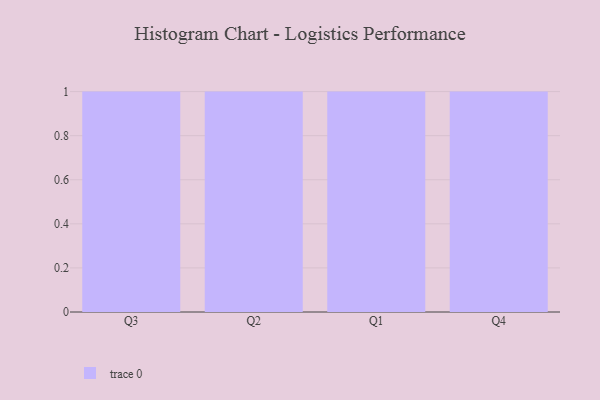
{"axis": {"x": "Quarter", "y": "Net Income (USD K)"}, "legend": [""], "data": [{"x": "Q3", "y": 82, "type": ""}, {"x": "Q2", "y": 27, "type": ""}, {"x": "Q1", "y": 17, "type": ""}, {"x": "Q4", "y": 56, "type": ""}]}